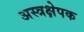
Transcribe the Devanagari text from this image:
अस्त्रक्षेपक